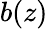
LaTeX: b(z)